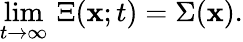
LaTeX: \operatorname*{lim}_{t\rightarrow\infty}\, \Xi(\mathbf{x};t)=\Sigma(\mathbf{x}).